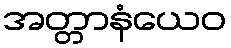
အတ္တာနံယေဝ